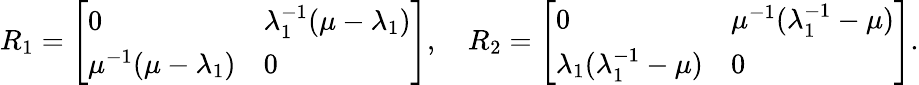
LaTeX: R_{1}=\left[\begin{array}{ll}{0}&{\lambda_{1}^{-1}(\mu-\lambda_{1})}\\ {\mu^{-1}(\mu-\lambda_{1})}&{0}\end{array}\right],\quad R_{2}=\left[\begin{array}{ll}{0}&{\mu^{-1}(\lambda_{1}^{-1}-\mu)}\\ {\lambda_{1}(\lambda_{1}^{-1}-\mu)}&{0}\end{array}\right].